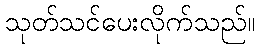
သုတ်သင်ပေးလိုက်သည်။